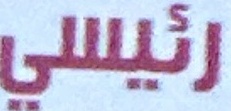
رئیسي